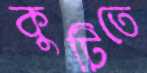
কুটিতে